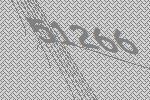
51266